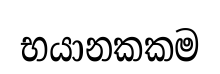
භයානකකම